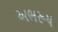
અભરૂષ